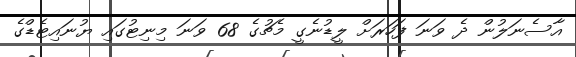
އާސެނަލުން ދެ ވަނަ ފަހަރަށް ލީޑުނެގީ މެޗުގެ 68 ވަނަ މިނިޓުގައި ޔުނައިޓެޑްގެ